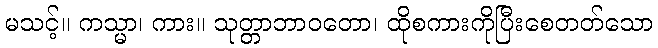
မသင့်။ ကသ္မာ၊ ကား။ သုတ္တာဘာဝတော၊ ထိုစကားကိုပြီးစေတတ်သော